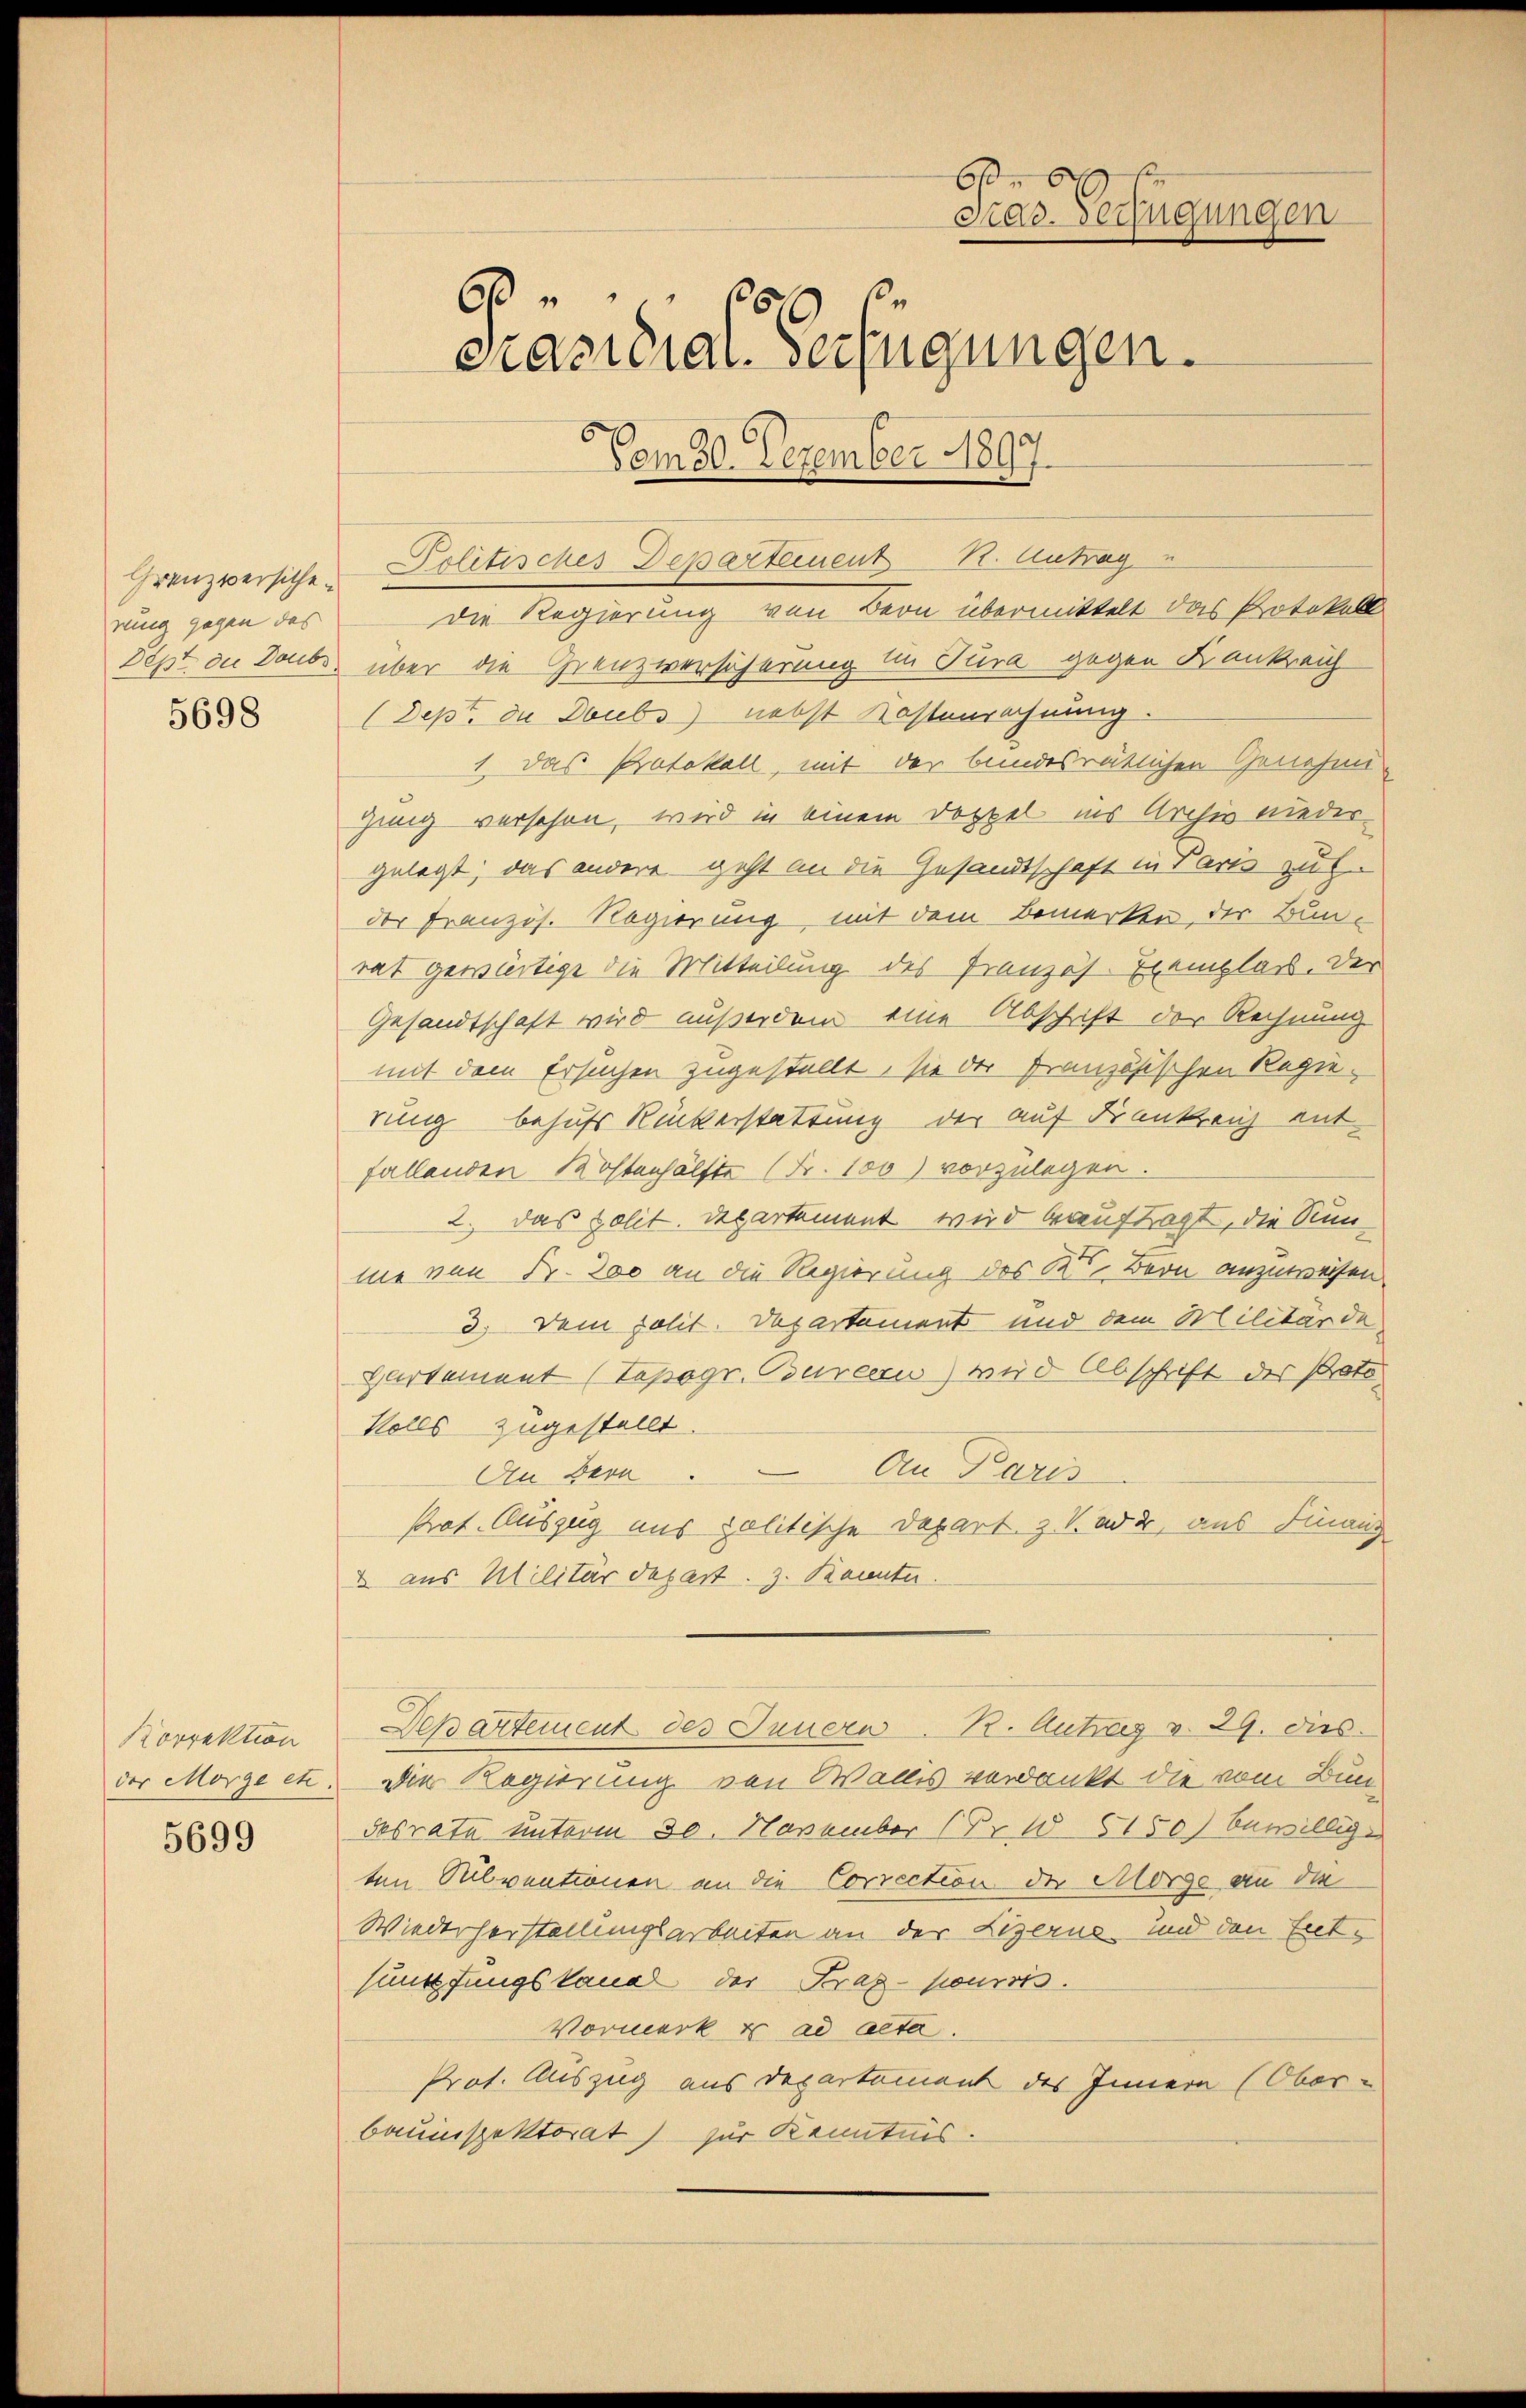
rung gegen das

5698

Korrektion

5699

Grenzversiche Politisches Departement K. Antrag
die Regierung von Bern übermittelt das Protokoll
Sept in Doubs über die Grenzversicherung im Tura gegen Krankreich
(Dept. die Doubs) nebst Kostenrechnung.
1. Das Protokoll, mit der bundesrätlichen Genehmiging versehen, wird in einem Doppel ins Archiv nieder
gelegt, das andere geht an die Gesandtschaft in Paris zul
der Französ. Regierung, mit dem Bemerken, der Bunrat gewärtige die Mitteilung des Pranzös. Exemplar. Der
Gesandtschaft wird außerdem eine Abschrift der Rechnung
mit dem Ersuchen zugestellt, sie der Französischen Regierung behufs Rückerstattung der auf Frankreich entfallenden Kostenhälfte (Fr. 100) vorzulegen.
2. Das polit. Departement wird beauftragt, die Runme von Fr. 200 an die Regierung des Kt. Bern anzuweisen.
3. Dein polit. Departement und dem Militärde
Hartement (Topogr. Bureau wir Abschrift des Proto
Volls zugestellt.
An Paris
Aen Bern.
Prof. Auszug uns politische Depart z. V. ad 2, aus Finanz
2 aus Militärdepart. 3. Kannter.
Departement des Innern. B. Antrag v. 29. dies
der Morge etc. Die Regierung von Wallis verdankt die vom Bun-
desrata unterm 30. November (Pr W 5150) bewillig
ten Subventionen an die Correction der Morge an die
Wiederherstellungsarbeiten an der Lizerns, und den Entsumpfungskanal der Frag- pourris.
Vormerk & ad acta.
Prof. Auszug aus Departement des Innern (Ober-
bauinspektorat) zur Kenntnis.

b
Srar. Verfügungen
60xx
cracidial-Verfügungen.
Vom 30. Dezember 1897.